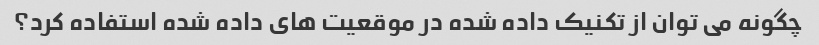
چگونه می توان از تکنیک داده شده در موقعیت های داده شده استفاده کرد؟